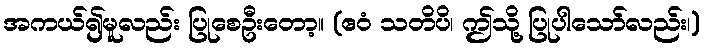
အကယ်၍မူလည်း ပြုစေဦးတော့။ (ဧဝံ သတိပိ၊ ဤသို့ ပြုပါသော်လည်း၊)